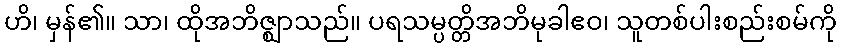
ဟိ၊ မှန်၏။ သာ၊ ထိုအဘိဇ္ဈာသည်။ ပရသမ္ပတ္တိအဘိမုခါဧဝ၊ သူတစ်ပါးစည်းစမ်ကို